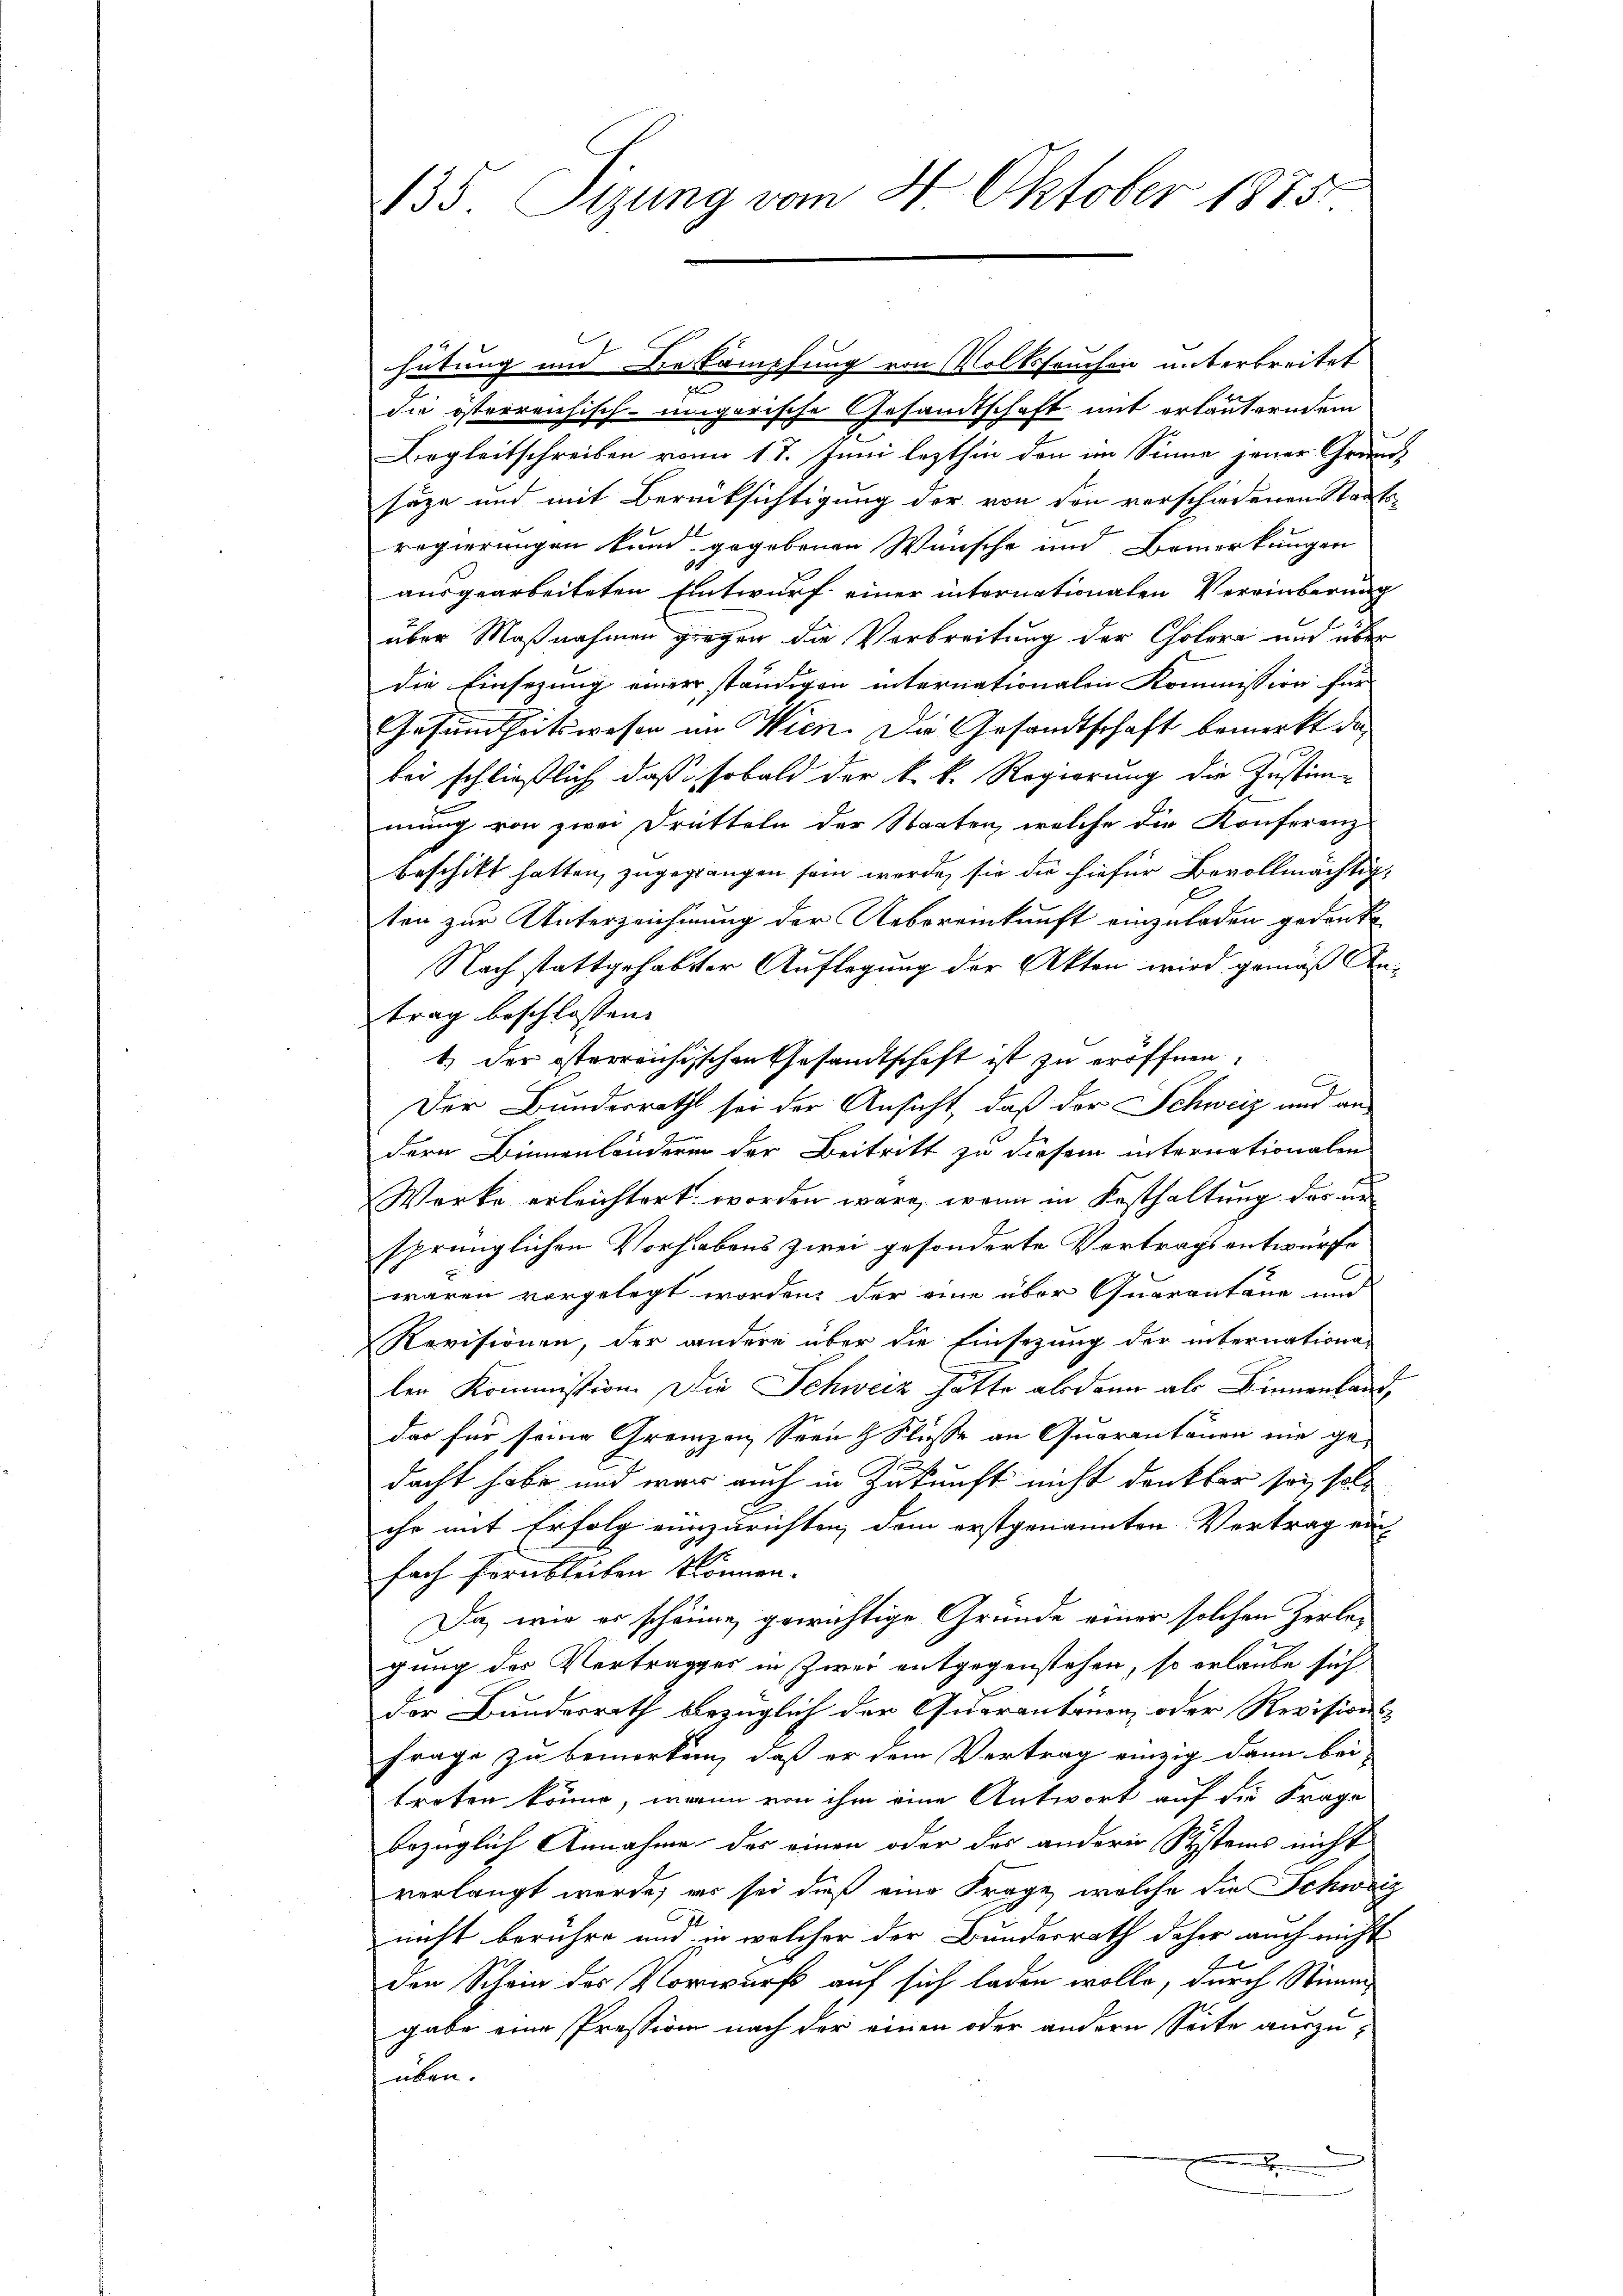
135. Sizung vom 4 Oktober 1875.

hütung und Bekämpfung von Volksseuchen unterbreitet
f
die österreichisch-ungarische Gesandtschaft mit erläuterndem
Begleitschreiben von 17. Juni lezthin den im Sinne jener Grund
säge und mit Berücksichtigung der von den verschiedenen Staatsregierungen kund gegebenen Wünsche und Bemerkungen
ausgearbeiteten Entwurf einer internationalen Vereinberung
über Maßnahmen gegen die Verbreitung der Cholera und über
die Einsezung einer ständigen internationalen Kommission für
Gesamtheitswesen im Wien. Die Gesamtschaft bemerkt da
bei schließlich, daß sobald der k. k. Regierung die Zustimmung von zwei Dritteln der Staaten, welche die Konferenz-
beschikt hatten, zugegrangen sein werde, sie die hiefür Bevollmächtigten zur Unterzeichnung der Uebereinkunft einzuladen gedanke
Nach stattgehabter Auflegung der Akten wird gemäß Antrag beschlossen.
1.) der österreichischen Gesandtschaft ist zu eröffnen,
Der Bundesrath sei der Ansicht, daß der Schweiz und an
dern Binnenländeren der Beitritt zu diesem internationalen
Werke erleichtert worden wäre, wenn in Festhaltung der
sprünglichen Vorhabens zwei gesonderte Vertragsentwurfe
waren vorgelegt worden, der eine über Quarantane und
Revisionen, der andere über die Einsezung der internationa-
ler Kommission. Die Schweiz hätte alsdann als Binnenland,
das für seine Grenzen Seen & Flusse an Quarantonen nie gedacht habe und war auch in Zukunft nicht denkbar sei, soll
che mit Erfolg einzurichten, dem erstgenannten Vertrag ein
fach fern bleiben können.
Da, wie es schönne gewichtige Grunde einer solchen Zerlegung des Vertrages in Zwei entgegenstehen, so erlaube sich
der Bundesrath bezüglich der Quarantonen, oder Revisions¬
Frage zu bemerken, daß er dem Vertrag einzig dann bei
treten könne, wenn von ihm eine Antwort auf die Frage
bezüglich Annahme des einen oder das andern Systems nicht
verlangt werde; es sei dieß eine Frage, welche die Schweiz
nicht berühre und in welcher der Bundesrath daher auch nicht
den Schein des Vorwurf auf sich laden wolle, durch Stimm
gabe eine Pression nach der einen oder andern Seite auszu-
üben.
n